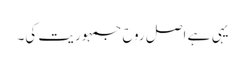
یہی ہے اصل روح جمہوریت کی۔